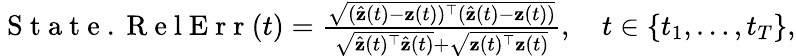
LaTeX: \begin{array}{r}{\mathrm{~S~t~a~t~e~.~R~e~l~E~r~r~}(t)=\frac{\sqrt{(\hat{\mathbf{z}}(t)-\mathbf{z}(t))^{\top}(\hat{\mathbf{z}}(t)-\mathbf{z}(t))}}{\sqrt{\hat{\mathbf z}(t)^{\top}\hat{\mathbf z}(t)}+\sqrt{\mathbf z(t)^{\top}\mathbf z(t)}},\quad t\in\{ t_{1},\ldots,t_{T}\} ,}\end{array}